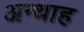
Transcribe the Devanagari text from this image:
अन्‍थाह